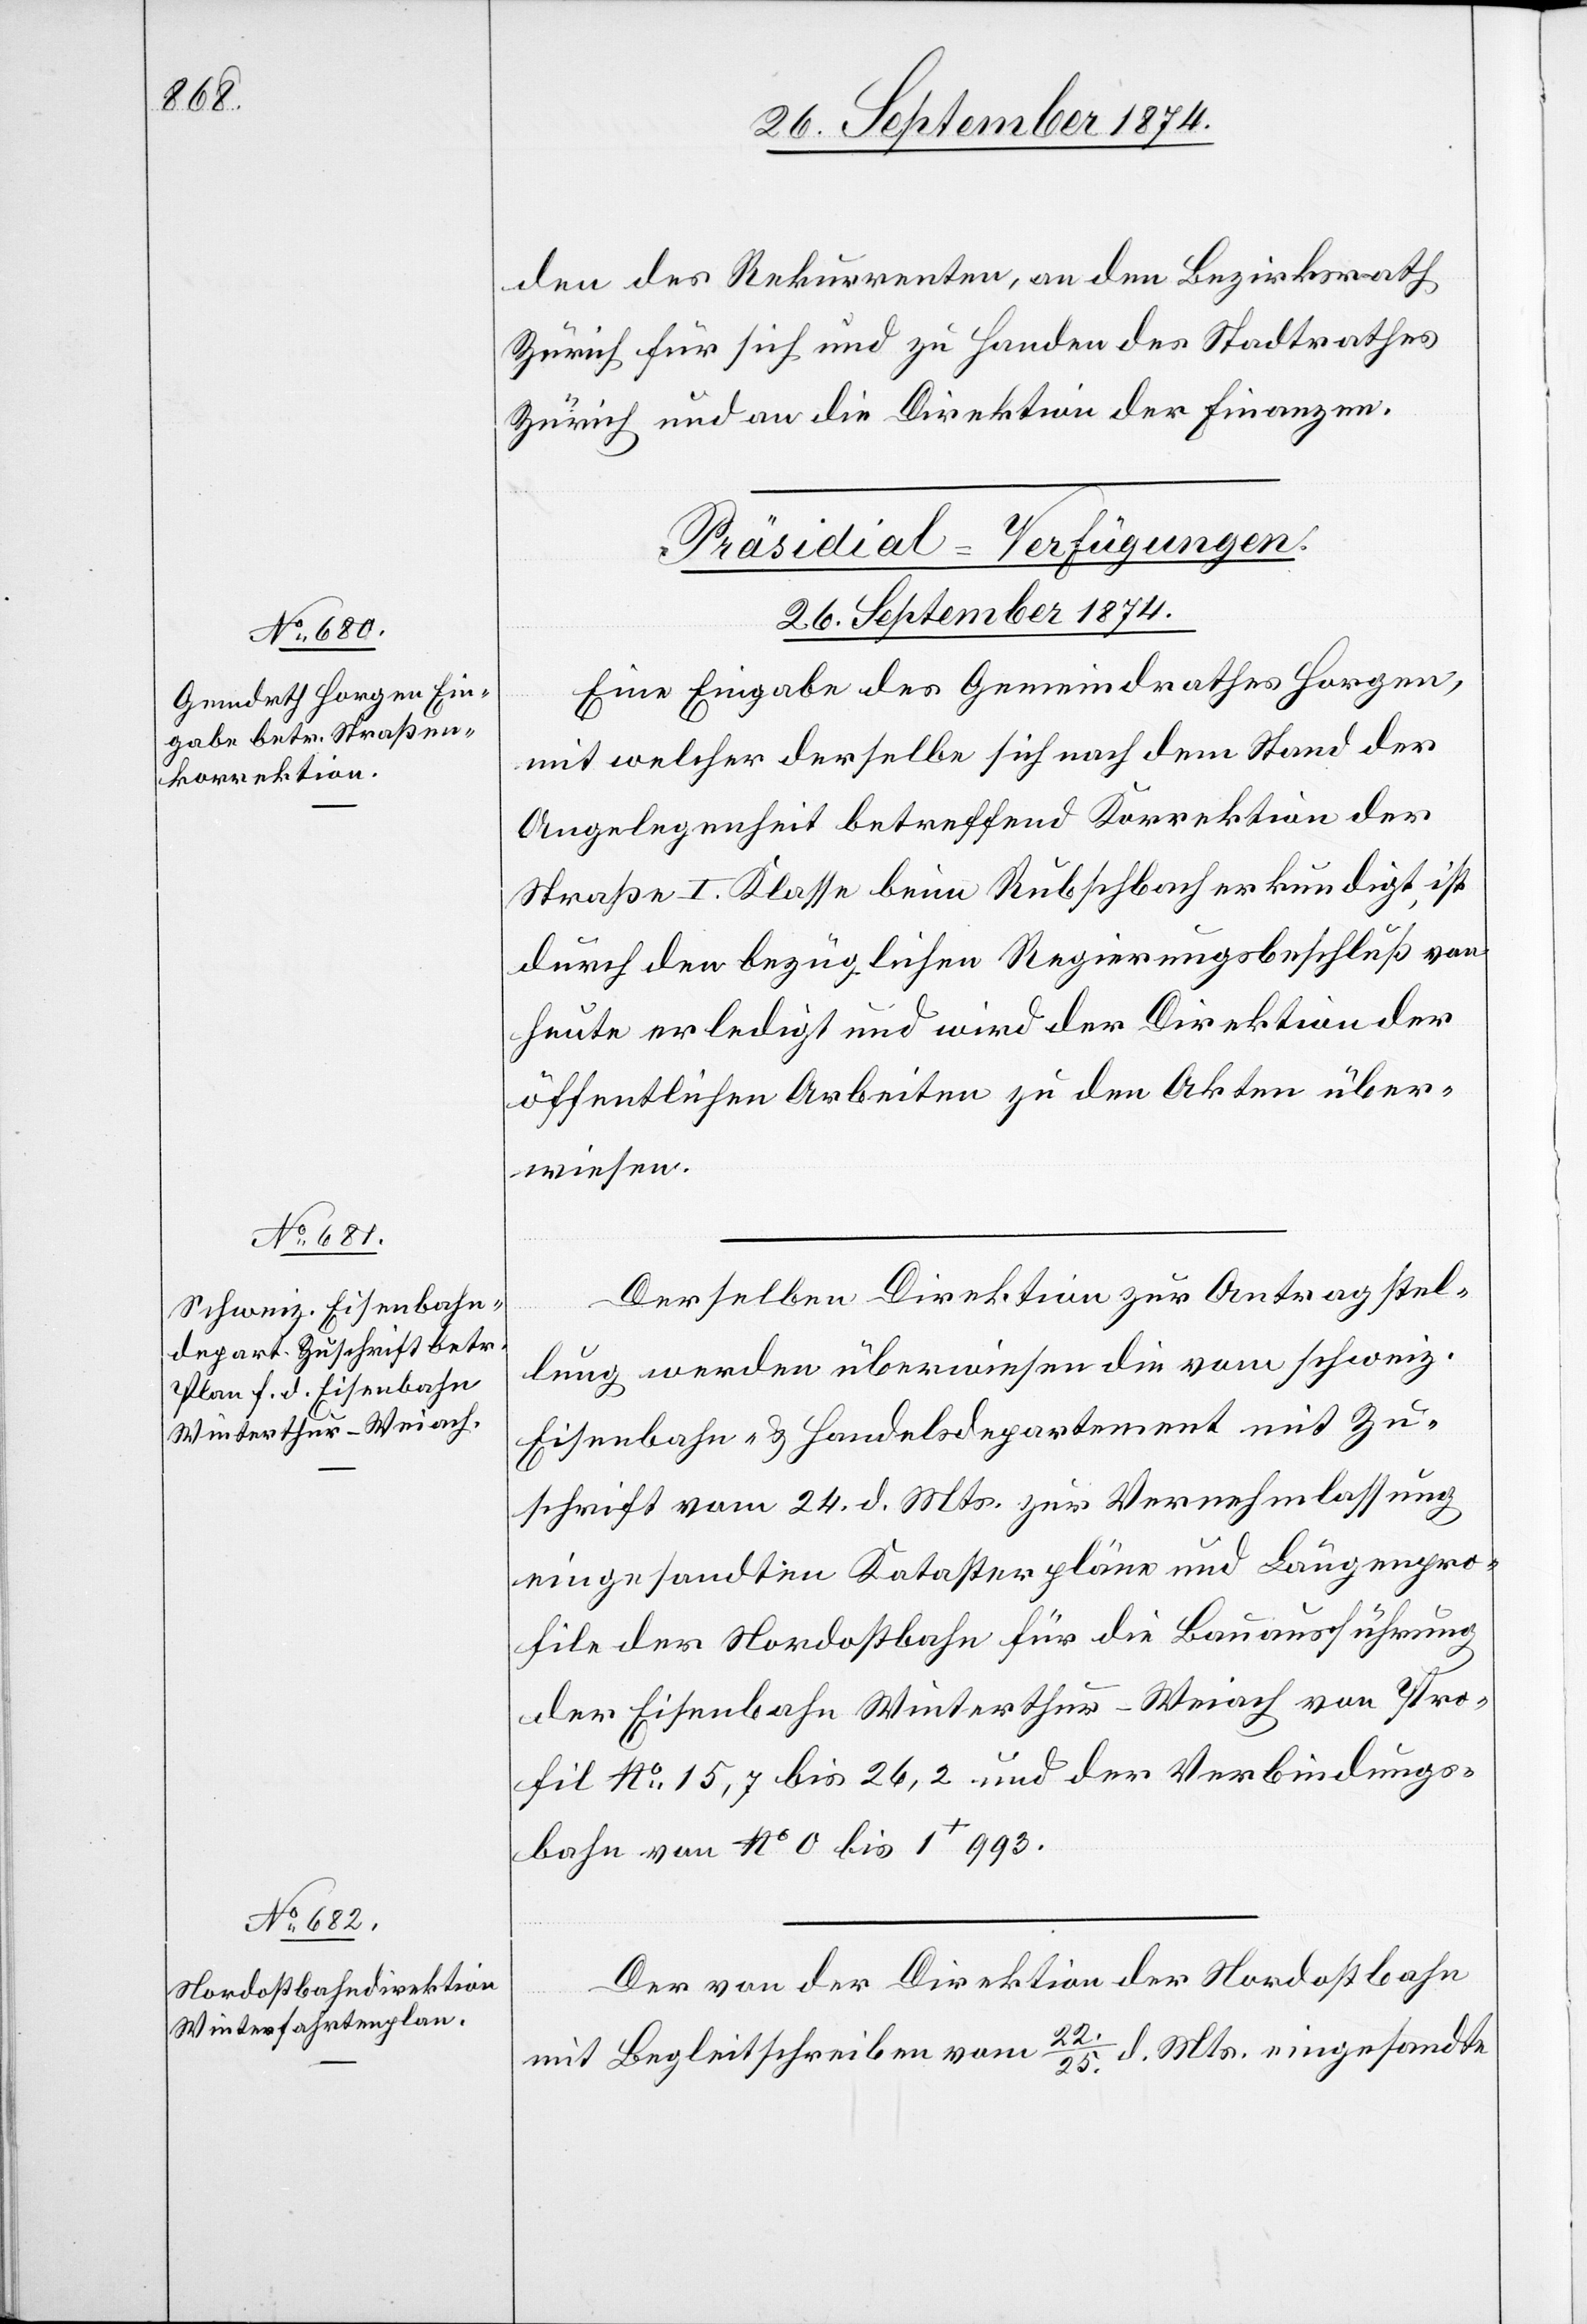
26. September 1874.]
den des Rekurrenten, an den Bezirksrath
Zürich für sich und zu Handen des Stadtrathes
Zürich und an die Direktion der Finanzen.
[Präsidial-Verfügungen.
26. September 1874.
Eine Eingabe des Gemeindrathes Horgen,
mit welcher derselbe sich nach dem Stand der
Angelegenheit betreffend Korrektion der
Straße I. Klasse beim Rubschbach erkundigt, ist
durch den bezüglichen Regierungsbeschluß von
heute erledigt und wird der Direktion der
öffentlichen Arbeiten zu den Akten über¬
wiesen.
Derselben Direktion zur Antragstel¬
lung werden überwiesen die vom schweiz.
Eisenbahn- & Handelsdepartement mit Zu¬
schrift vom 24. d. Mts. zur Vernehmlassung
eingesandten Katasterpläne und Längenpro¬
file der Nordostbahn für die Bauausführung
der Eisenbahn Winterthur–Weiach von Pro¬
fil No 15,7 bis 26,2 und der Verbindungs¬
bahn von No 0 bis 1+ 993.
Der von der Direktion der Nordostbahn
mit Begleitschreiben vom 22./25. d. Mts. eingesandte